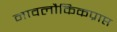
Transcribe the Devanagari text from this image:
नावलौकिकप्राप्त